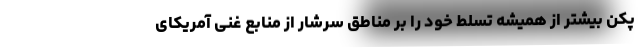
پکن بیشتر از همیشه تسلط خود را بر مناطق سرشار از منابع غنی آمریکای